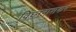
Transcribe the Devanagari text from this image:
विघ्ननाशकरं